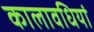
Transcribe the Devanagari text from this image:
कालावधियां